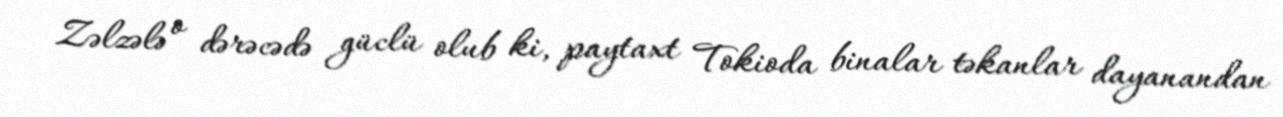
Zəlzələ o dərəcədə güclü olub ki, paytaxt Tokioda binalar təkanlar dayanandan